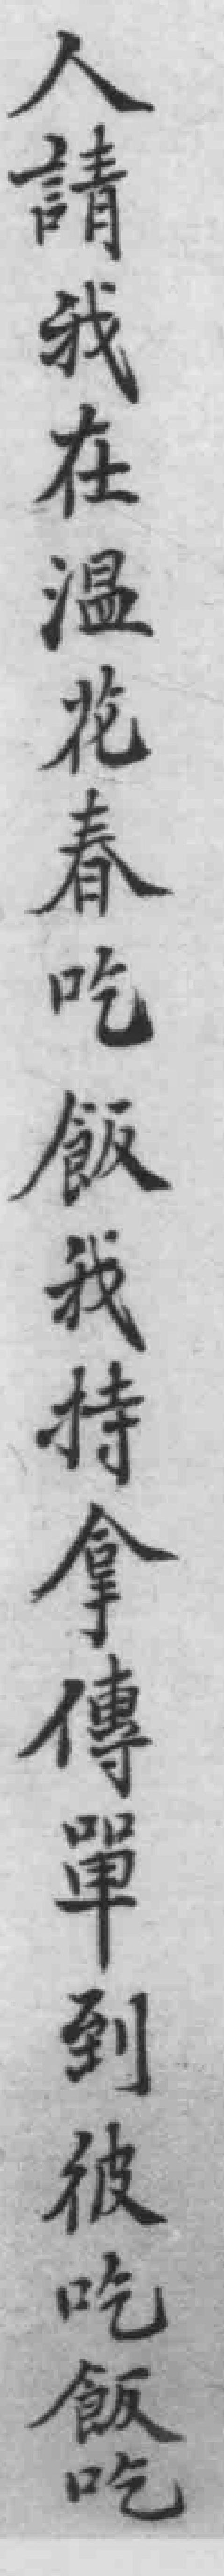
人請我在温花春吃飯我特拿傳單到彼吃飯吃